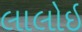
લાલોઇ